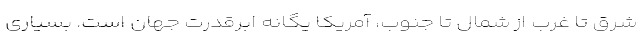
شرق تا غرب از شمال تا جنوب، آمریکا یگانه ابرقدرت جهان است. بسیاری